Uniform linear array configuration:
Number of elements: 48
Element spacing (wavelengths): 1
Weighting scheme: binomial
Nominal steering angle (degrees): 60
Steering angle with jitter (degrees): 61.065
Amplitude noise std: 0.05
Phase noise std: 0.05

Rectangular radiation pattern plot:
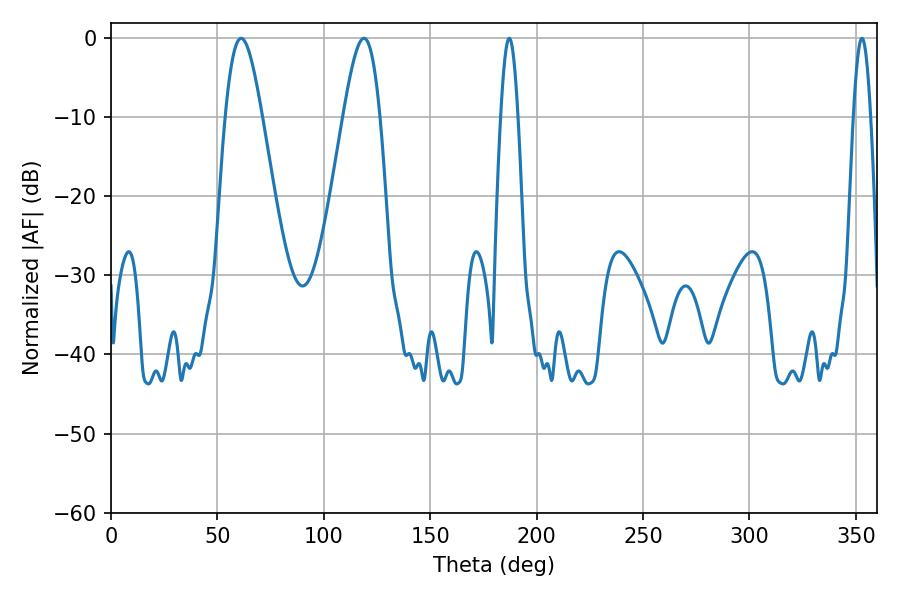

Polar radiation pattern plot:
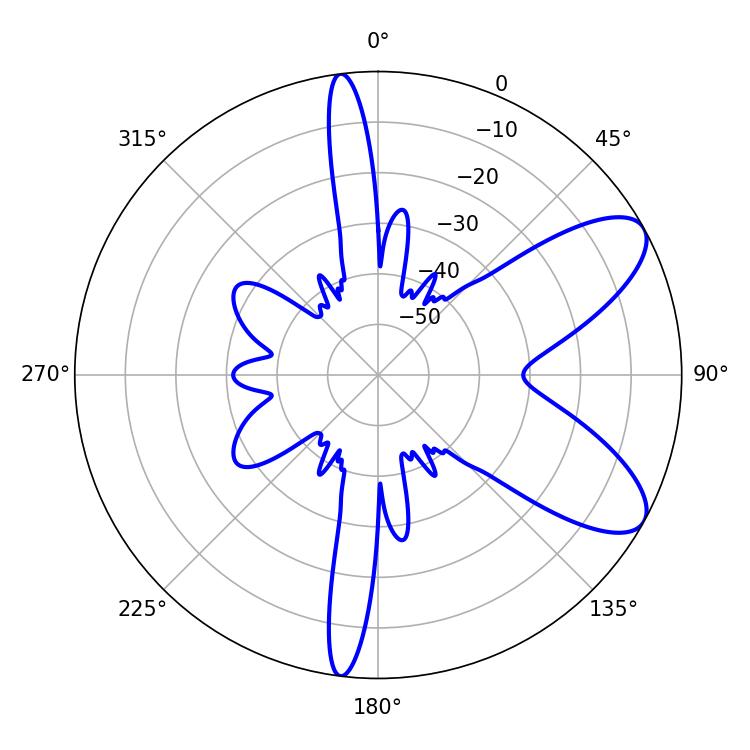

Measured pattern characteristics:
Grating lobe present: TRUE
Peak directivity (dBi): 8.375
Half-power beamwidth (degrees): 9.18
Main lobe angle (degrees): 118.8